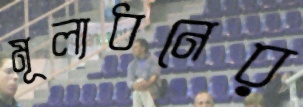
মূল্যধনের